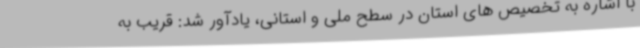
با اشاره به تخصیص های استان در سطح ملی و استانی، یادآور شد: قریب به